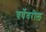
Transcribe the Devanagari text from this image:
चर्येवरील